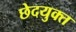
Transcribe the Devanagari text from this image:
छेदयुक्त